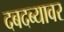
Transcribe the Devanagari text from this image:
दबदब्यावर